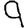
Digit: 9